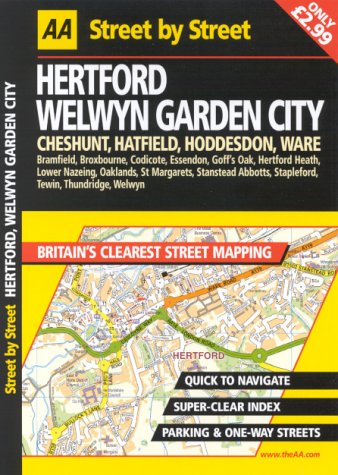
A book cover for AA Street by Street: Hertford, Welwyn Garden City, Cheshunt, Hatfield, Hoddesdon, Ware; AA Publishing; Travel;